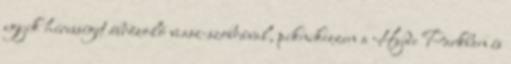
egyik hírességet ábrázoló viasz-szobrával, piknikezzen a Hyde Parkban és